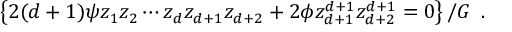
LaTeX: { \left\{ { 2 ( d + 1 ) \psi { z _ { 1 } } { z _ { 2 } } \cdots { z _ { d } } { z _ { d + 1 } } { z _ { d + 2 } } + 2 \phi { z _ { d + 1 } ^ { d + 1 } } { z _ { d + 2 } ^ { d + 1 } } = 0 } \right\} / G } \, \, \, .